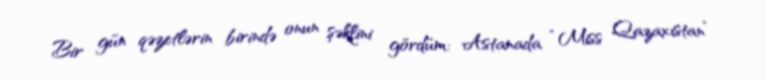
Bir gün qəzetlərin birində onun şəklini gördüm: Astanada “Miss Qazaxıstan”